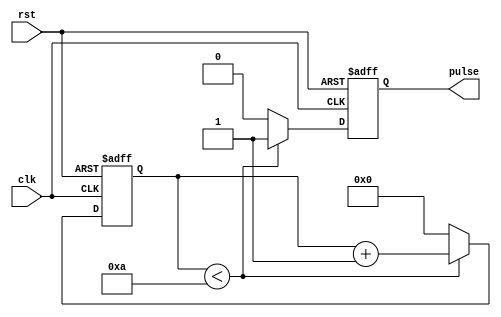
module AsyncPulseGenerator (
    input wire clk,
    input wire rst,
    output reg pulse
);

parameter PULSE_DURATION = 10; // Duration of the pulse in clock cycles
parameter PULSE_FREQUENCY = 100; // Frequency of the pulse in Hz

reg [31:0] counter;

always @ (posedge clk or posedge rst) begin
    if (rst) begin
        counter <= 0;
        pulse <= 0;
    end else begin
        if (counter < PULSE_DURATION) begin
            counter <= counter + 1;
            pulse <= 1;
        end else begin
            counter <= 0;
            pulse <= 0;
        end
    end
end

endmodule